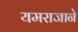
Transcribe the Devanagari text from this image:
यमराजाने